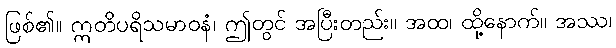
ဖြစ်၏။ ဣတိပရိသမာဝနံ၊ ဤတွင် အပြီးတည်း။ အထ၊ ထို့နောက်။ အဿ၊